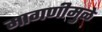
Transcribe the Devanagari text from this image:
मागणीमुळे